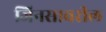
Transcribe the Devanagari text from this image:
जिनसावरील